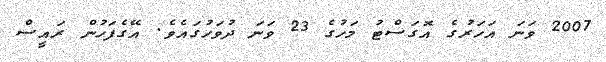
2007 ވަނަ އަހަރުގެ އޮގަސްޓު މަހުގެ 23 ވަނަ ދުވަހުގައެވެ. އޭގެފަހުން ރައީސް